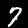
Digit: 7